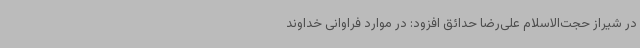
در شیراز حجت‌الاسلام علی‌رضا حدائق افزود: در موارد فراوانی خداوند